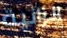
الزانية